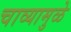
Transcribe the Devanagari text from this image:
चाव्यामुळे